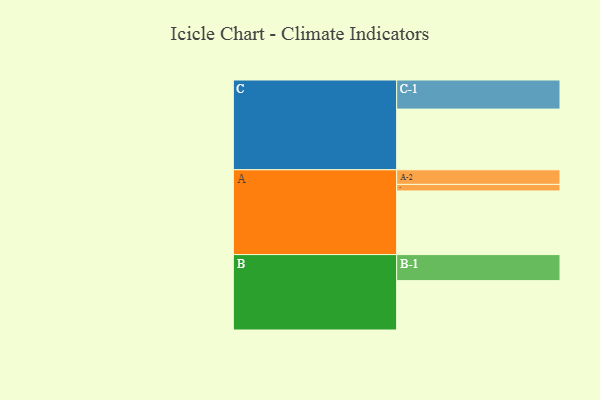
{"axis": {"x": "Segment", "y": "Value"}, "legend": ["", "A", "B", "C"], "data": [{"x": "A", "y": 562, "type": ""}, {"x": "B", "y": 436, "type": ""}, {"x": "C", "y": 536, "type": ""}, {"x": "A-1", "y": 58, "type": "A"}, {"x": "A-2", "y": 129, "type": "A"}, {"x": "B-1", "y": 230, "type": "B"}, {"x": "C-1", "y": 257, "type": "C"}]}